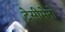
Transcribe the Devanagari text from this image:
ट्रेसीमेनो